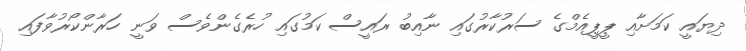
ދިޔައީ ކަމަށާއި ޕީޕީއެމްގެ ސަރުކާރުގައި ނާއިބު ރައީސް ކަމުގައި ހުރެގެންވެސް ވަނީ ހަރާންކޯރުވާފައި